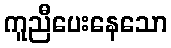
ကူညီပေးနေသော